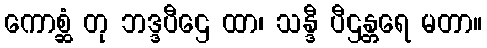
ကောစ္ဆံ တု ဘဒ္ဒပီဌေ ထာ၊ သန္ဒီ ပီဌန္တရေ မတာ။